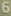
6